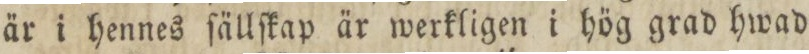
är i hennes ſällſkap är werkligen i hög grad hwad